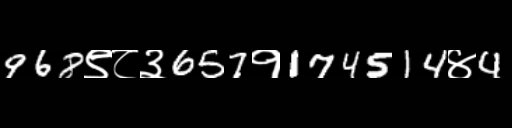
Text: 968९८३657१174514४4